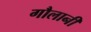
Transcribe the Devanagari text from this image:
गौलानी